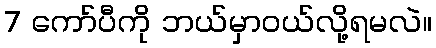
7 ကော်ပီကို ဘယ်မှာဝယ်လို့ရမလဲ။